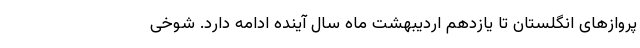
پروازهای انگلستان تا یازدهم اردیبهشت ماه سال آینده ادامه دارد. شوخی